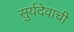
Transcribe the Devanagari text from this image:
सुर्यदेवाची